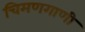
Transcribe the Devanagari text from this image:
चिमणगाणी